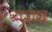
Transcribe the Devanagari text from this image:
राज्ञश्च